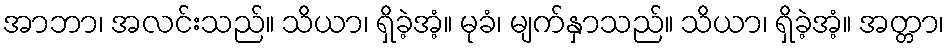
အာဘာ၊ အလင်းသည်။ သိယာ၊ ရှိခဲ့အံ့။ မုခံ၊ မျက်နှာသည်။ သိယာ၊ ရှိခဲ့အံ့။ အတ္တာ၊